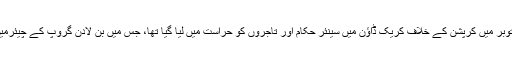
ذرائع کا کہنا ہے کہ حکومت کی جانب سے گزشتہ برس اکتوبر میں کرپشن کے خلاف کریک ڈاؤن میں سینئر حکام اور تاجروں کو حراست میں لیا گیا تھا، جس میں بن لادن گروپ کے چیئرمین بقر بن لادن اور خاندان کے کئی اور افراد بھی شامل تھے۔